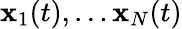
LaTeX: \mathbf{x}_{1}(t),\ldots\mathbf{x}_{N}(t)